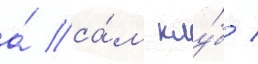
а́ са́м клу́б /